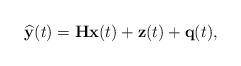
LaTeX: \begin{align*}\widehat{\mathbf{y}}(t)=\mathbf{H} \mathbf{x}(t) + \mathbf{z}(t) + \mathbf{q}(t),\end{align*}